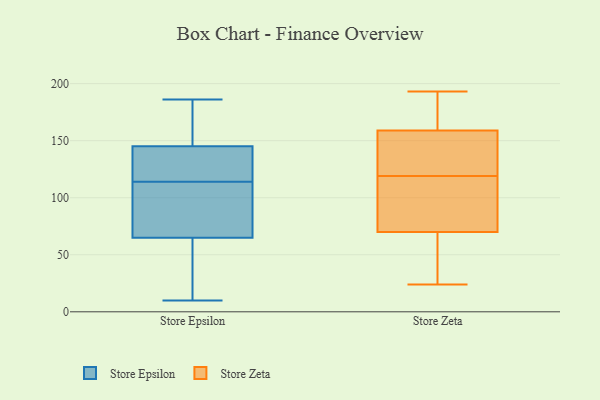
{"axis": {"x": "Page Views", "y": "Value"}, "legend": ["Store Epsilon", "Store Zeta"], "data": [{"x": "", "y": 54, "type": "Store Epsilon"}, {"x": "", "y": 136, "type": "Store Epsilon"}, {"x": "", "y": 154, "type": "Store Epsilon"}, {"x": "", "y": 121, "type": "Store Epsilon"}, {"x": "", "y": 151, "type": "Store Epsilon"}, {"x": "", "y": 139, "type": "Store Epsilon"}, {"x": "", "y": 44, "type": "Store Epsilon"}, {"x": "", "y": 44, "type": "Store Epsilon"}, {"x": "", "y": 14, "type": "Store Epsilon"}, {"x": "", "y": 168, "type": "Store Epsilon"}, {"x": "", "y": 86, "type": "Store Epsilon"}, {"x": "", "y": 76, "type": "Store Epsilon"}, {"x": "", "y": 159, "type": "Store Epsilon"}, {"x": "", "y": 122, "type": "Store Epsilon"}, {"x": "", "y": 107, "type": "Store Epsilon"}, {"x": "", "y": 79, "type": "Store Epsilon"}, {"x": "", "y": 186, "type": "Store Epsilon"}, {"x": "", "y": 130, "type": "Store Epsilon"}, {"x": "", "y": 10, "type": "Store Epsilon"}, {"x": "", "y": 87, "type": "Store Epsilon"}, {"x": "", "y": 24, "type": "Store Zeta"}, {"x": "", "y": 134, "type": "Store Zeta"}, {"x": "", "y": 192, "type": "Store Zeta"}, {"x": "", "y": 173, "type": "Store Zeta"}, {"x": "", "y": 153, "type": "Store Zeta"}, {"x": "", "y": 55, "type": "Store Zeta"}, {"x": "", "y": 104, "type": "Store Zeta"}, {"x": "", "y": 70, "type": "Store Zeta"}, {"x": "", "y": 86, "type": "Store Zeta"}, {"x": "", "y": 159, "type": "Store Zeta"}, {"x": "", "y": 46, "type": "Store Zeta"}, {"x": "", "y": 80, "type": "Store Zeta"}, {"x": "", "y": 193, "type": "Store Zeta"}, {"x": "", "y": 149, "type": "Store Zeta"}]}